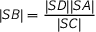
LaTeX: | S B | = { \frac { | S D | | S A | } { | S C | } }